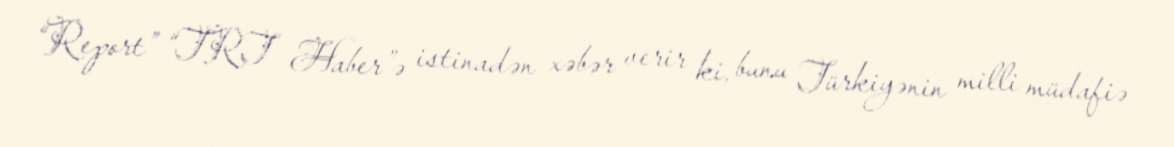
“Report” “TRT Haber”ə istinadən xəbər verir ki, bunu Türkiyənin milli müdafiə